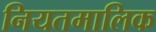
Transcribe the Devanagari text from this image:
नियतमालिक